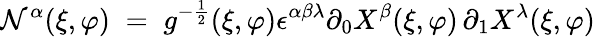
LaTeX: \mathcal{N}^{\alpha}(\xi,\varphi)\; =\; g^{-\frac{{1}}{{2}}}(\xi,\varphi)\epsilon^{\alpha\beta\lambda}\partial_{0}X^{\beta}(\xi,\varphi)\, \partial_{1}X^{\lambda}(\xi,\varphi)